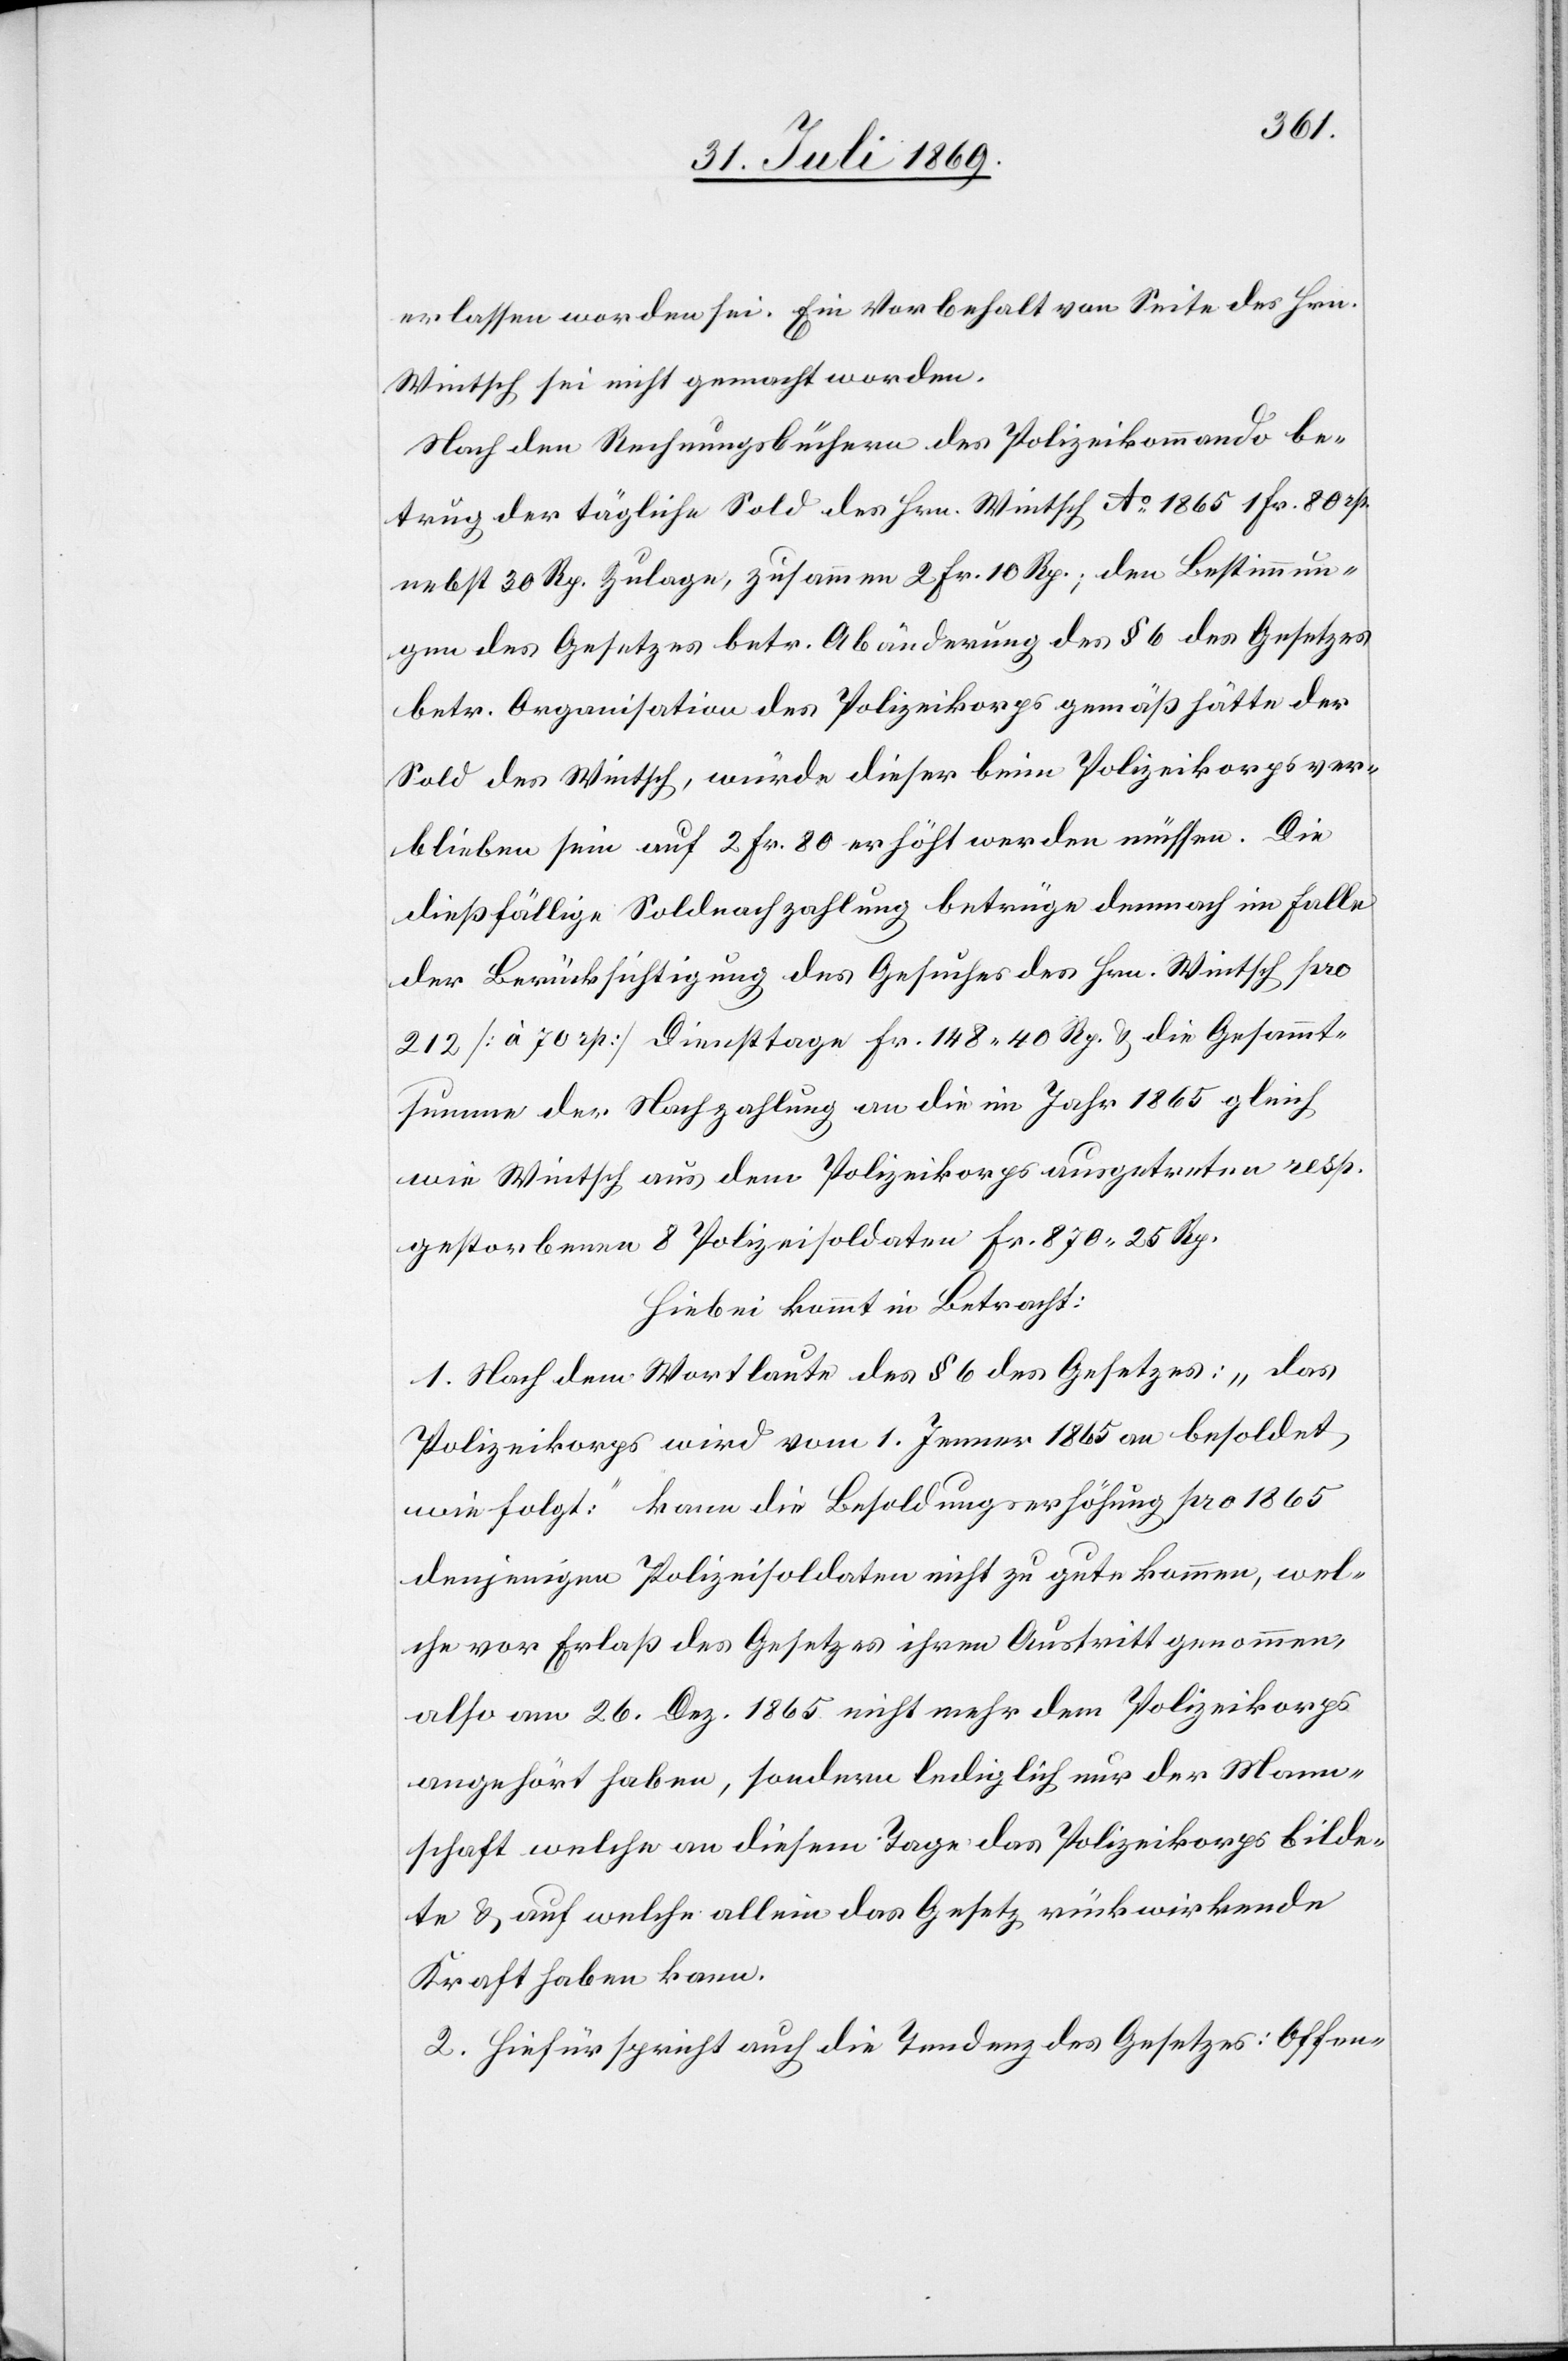
erlassen worden sei. Ein Vorbehalt von Seite des Hrn.
Wintsch sei nicht gemacht worden.
Nach den Rechnungsgebühren des Polizeikommando be¬
trug der tägliche Sold des Hrn. Wintsch Ao. 1865 1 Fr. 80 rp.
nebst 30 Rp. Zulage, zusammen 2 Fr. 10 Rp., den Bestimmun¬
gen des Gesetzes betr. Abänderung des § 6 des Gesetzes
betr. Organisation des Polizeikorps gemäß hätte der
Sold des Wintsch, würde dieser beim Polizeikorps ver¬
blieben sein auf 2 Fr. 80 erhöht werden müssen. Die
dießfällige Soldnachzahlung betrüge demnach im Falle
der Berücksichtigung des Gesuches des Hrn. Wintsch pro
212 [à 70 rp] Diensttage Fr. 148.40 Rp. u. die Gesammt¬
summe der Nachzahlung an die im Jahre 1865 gleich
wie Wintsch aus dem Polizeikorps ausgetreten resp.
gestorbenen 8 Polizeisoldaten Fr. 870.25 Rp.
Hiebei kommt in Betracht:
1. Nach dem Wortlaute des § 6 des Gesetzes: „das
Polizeikorps wird vom 1. Jenner 1865 an besoldet,
wie folgt:“ kann die Besoldungserhöhung pro 1865
denjenigen Polizeisoldaten nicht zu gute kommen, wel¬
che vor Erlaß des Gesetzes ihren Austritt genommen,
also am 26. Dez. 1865 nicht mehr dem Polizeikorps
angehört haben, sondern lediglich nur der Mann¬
schaft welche an diesen Tagen das Polizeikorps bilde¬
te u. auf welche allein das Gesetz rückwirkende
Kraft haben kann.
2. Hiefür spricht auch die Tendenz des Gesetzes: Offen-